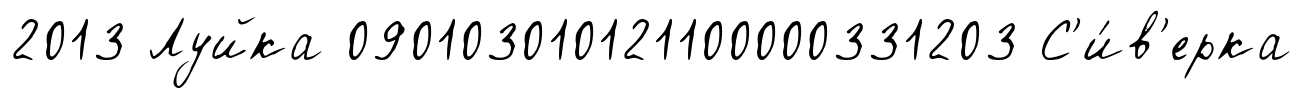
2013 Луйка 090103010121100000331203 С'и́в'ерка